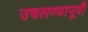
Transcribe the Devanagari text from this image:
उचलण्यापूर्वी